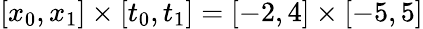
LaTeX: [x_{0},x_{1}]\times[t_{0},t_{1}]=[-2,4]\times[-5,5]